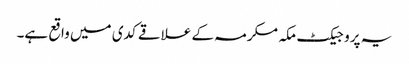
یہ پروجیکٹ مکہ مکرمہ کے علاقے کدی میں واقع ہے۔